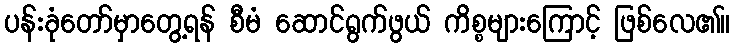
ပန်းခုံတော်မှာတွေ့ရန် စီမံ ဆောင်ရွက်ဖွယ် ကိစ္စများကြောင့် ဖြစ်လေ၏။